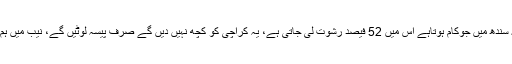
فردوس شمیم نقوی نے کہا کہ سندھ میں جوکام ہوتاہے اس میں 52 فیصد رشوت لی جاتی ہے، یہ کراچی کو کچھ نہیں دیں گے صرف پیسہ لوٹیں گے، نیب میں ہم بھی شکایت درج کرائیں گے۔